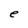
Character: e